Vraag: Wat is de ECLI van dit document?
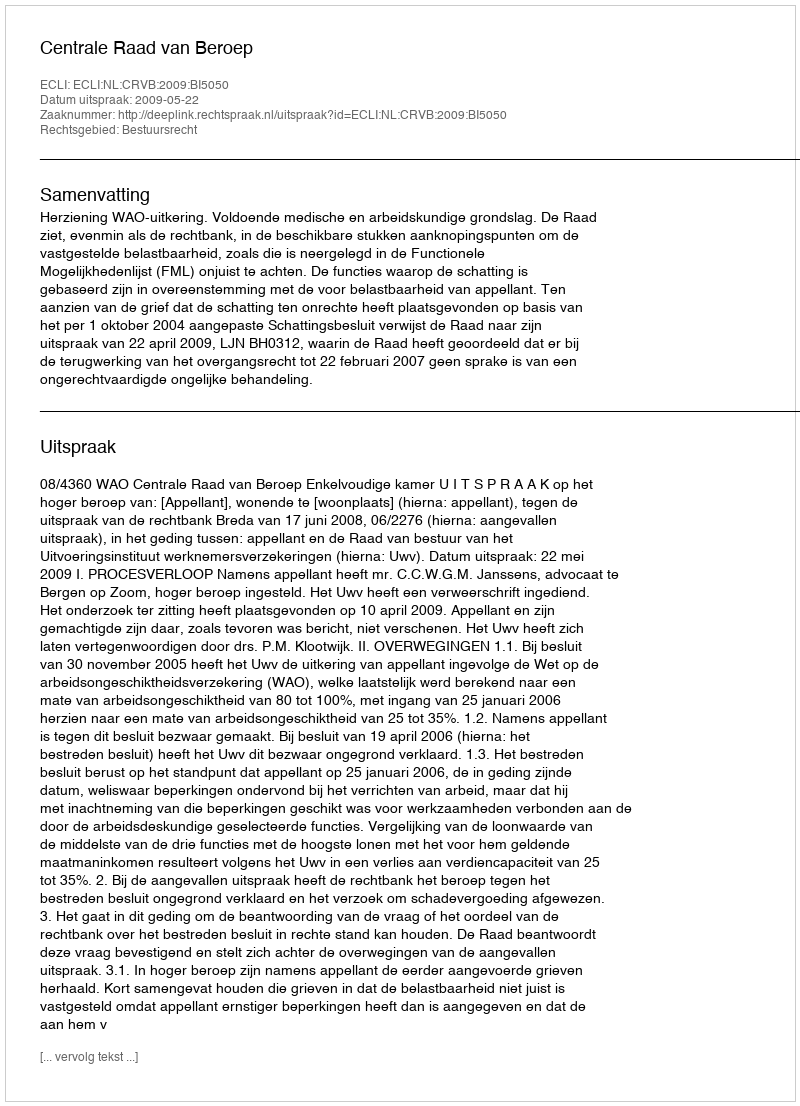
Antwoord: ECLI:NL:CRVB:2009:BI5050